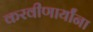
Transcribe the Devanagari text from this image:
करवीणार्यांना